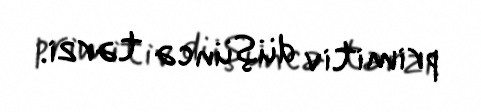
primitiv düşüncə tərzi.